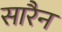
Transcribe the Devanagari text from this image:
सारैन